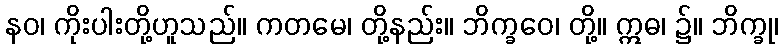
နဝ၊ ကိုးပါးတို့ဟူသည်။ ကတမေ၊ တို့နည်း။ ဘိက္ခဝေ၊ တို့။ ဣဓ၊ ၌။ ဘိက္ခု၊